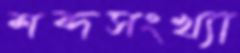
শব্দসংখ্যা